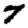
Digit: 7